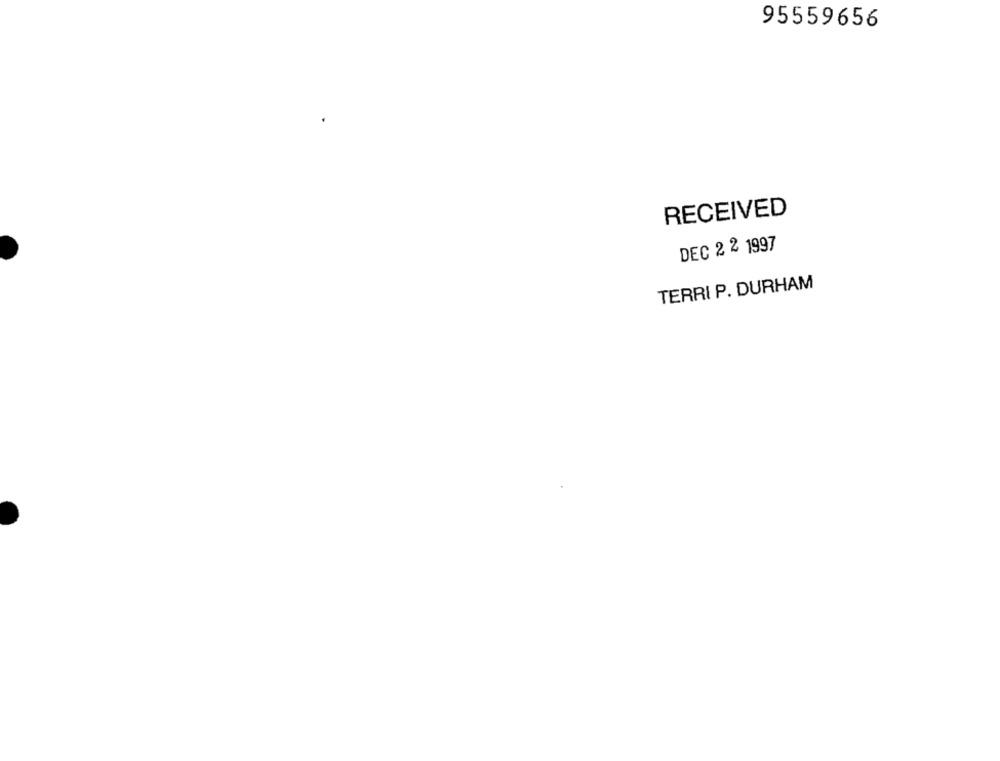
95559656
RECEIVED
DEC 2 2 1997
TERRI P. DURHAM